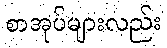
စာအုပ်များလည်း